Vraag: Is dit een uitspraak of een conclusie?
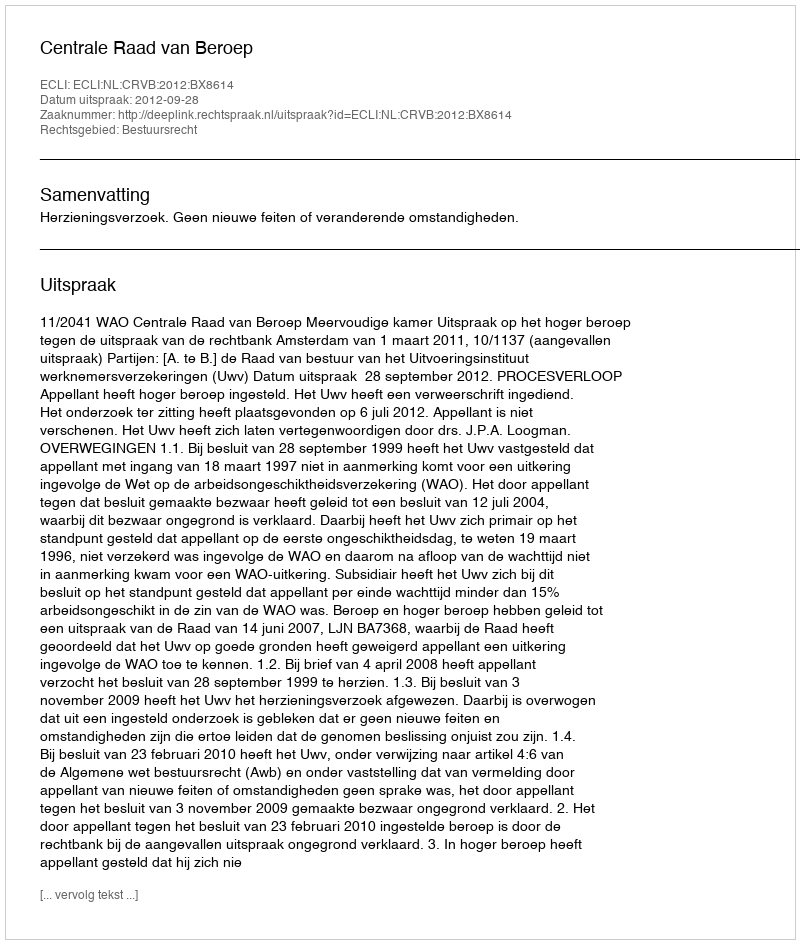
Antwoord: Uitspraak